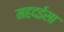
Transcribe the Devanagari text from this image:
महदईसा